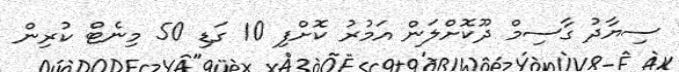
ސިޔާދު ގާސިމް ދޫކޮށްލަން އަމުރު ކޮށްފި 10 ގަޑި 50 މިނެޓް ކުރިން